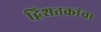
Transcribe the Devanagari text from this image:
द्विशतकांचा